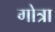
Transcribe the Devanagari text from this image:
गोत्रा